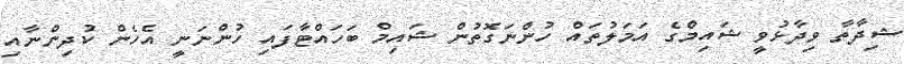
ޝިދާތާ ވިދާޅުވީ ޝައިމްގެ އަމަލުތައް ހުންނަގޮތުން ޝައިމް ބަހައްޓާފައި ހުންނަނީ އެހެން ކުދިންނާއި